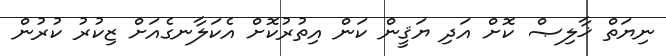
ނިޔަތް ޚާލިޞް ކޮށް އަދި ޔަޤީން ކަން އިތުރުކޮށް އެކަލާނގެއަށް ޒިކުރު ކުރުން